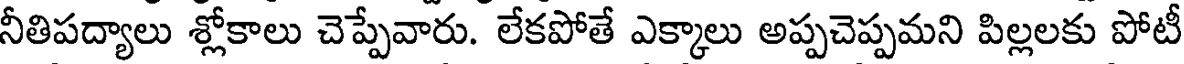
నీతిపద్యాలు శ్లోకాలు చెప్పేవారు. లేకపోతే ఎక్కాలు అప్పచెప్పమని పిల్లలకు పోటీ